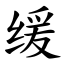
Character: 缓